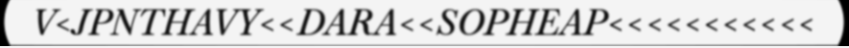
V<JPNTHAVY<<DARA<<SOPHEAP<<<<<<<<<<<